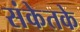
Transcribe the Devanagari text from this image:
संकेतके